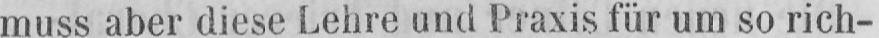
muss aber diese Lehre und Praxis für um so rich-